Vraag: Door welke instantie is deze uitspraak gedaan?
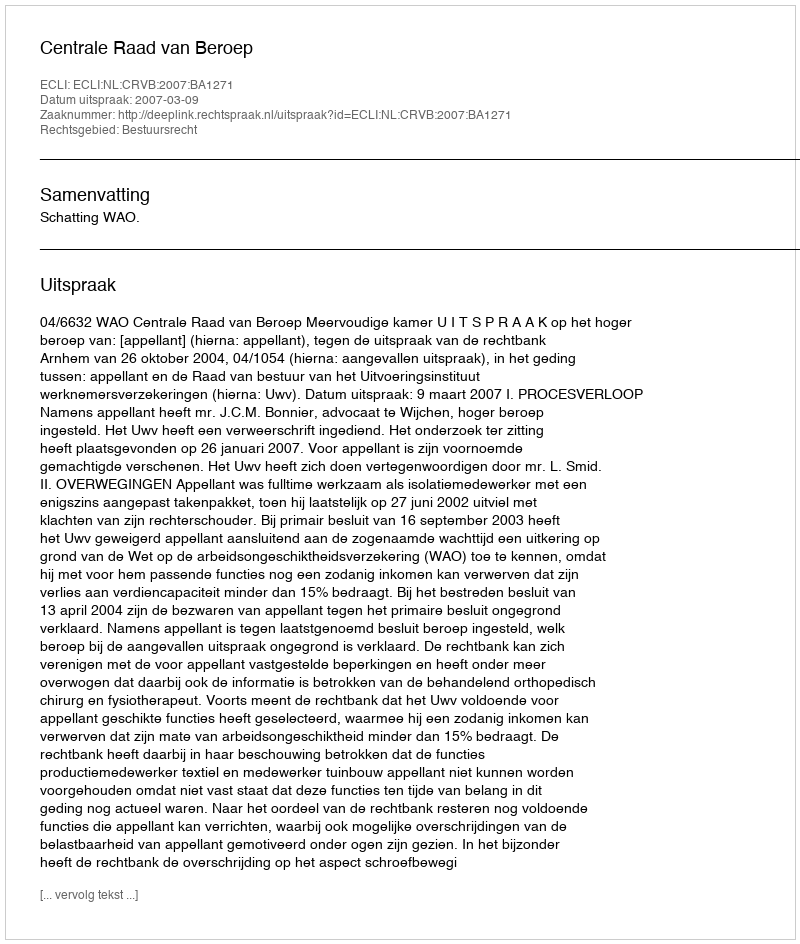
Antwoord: Centrale Raad van Beroep